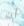
أن